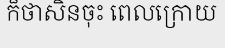
ក៏ថាសិនចុះ ពេលក្រោយ